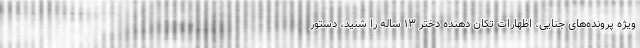
ویژه پرونده‌های جنایی، اظهارات تکان دهنده دختر ۱۳ ساله را شنید، دستور